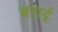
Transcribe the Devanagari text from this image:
बराई